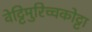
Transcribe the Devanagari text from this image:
वेट्टिमुरिच्चकोट्टा